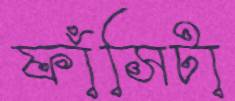
ফাঁসিটা